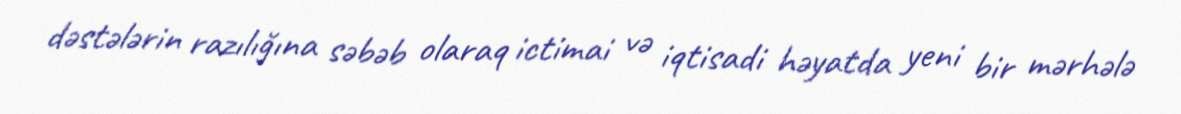
dəstələrin razılığına səbəb olaraq ictimai və iqtisadi həyatda yeni bir mərhələ